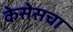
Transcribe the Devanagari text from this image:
केसेसचा